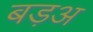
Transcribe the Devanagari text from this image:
बड़अ